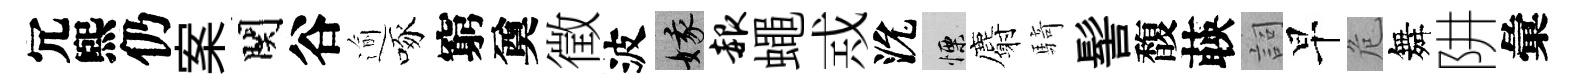
冗煕仍案関谷逾啄窮奠徵波娥赧蠅𢦶沇慄麝騎髻馥𦴤詞早危舞阱彙